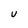
Character: u